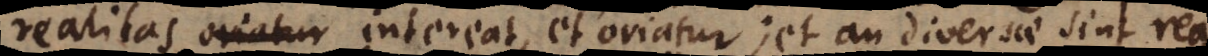
realitas oriatur intereat, et oriatur; et an diversae sint rea